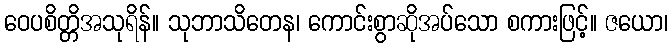
ဝေပစိတ္တိအသုရိန်။ သုဘာသိတေန၊ ကောင်းစွာဆိုအပ်သော စကားဖြင့်။ ဇယော၊